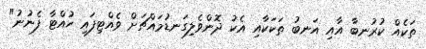
ތަކެއް ކުރުނބާ އާއި އަނބު ތަކަކާއި އެކު ދޮންވެލިގަނޑުމައްޗަށް ވެއްޓިފައި ހުއްޓާ ފެނުނު"